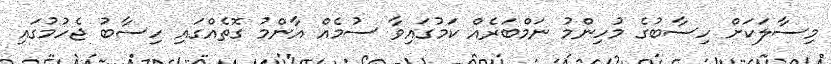
މިސާލަކަށް ހިސާބުގެ މުހިންމު ނަމްބަރެއް ކަމުގައިވާ ސުމެއް އާންމު ގޮތެއްގައި ހިސާބު ޖެހުމުގައި